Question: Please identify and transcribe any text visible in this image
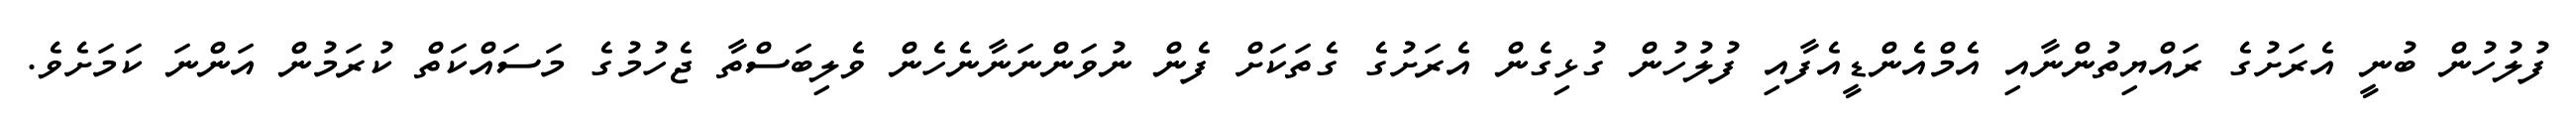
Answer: ފުލުހުން ބުނީ އެރަށުގެ ރައްޔިތުންނާއި އެމްއެންޑީއެފާއި ފުލުހުން ގުޅިގެން އެރަށުގެ ގެތަކަށް ފެން ނުވަންނަނާނެހެން ވެލިބަސްތާ ޖެހުމުގެ މަސައްކަތް ކުރަމުން އަންނަ ކަމަށެވެ.